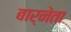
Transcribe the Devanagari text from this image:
बार्नेता